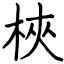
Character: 梜